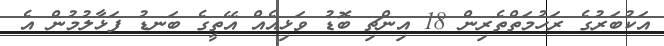
އަކުބަރުގެ ރަހުމަތްތެރިން 18 އިންޗި ބޮޑު ވަޅިއެއް އޭތީގެ ބަނޑު ފަޅާލުމުން އެ